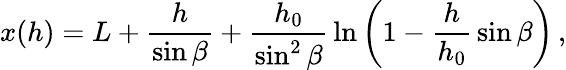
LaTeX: x(h)=L+\frac{h}{\sin\beta}+\frac{h_{0}}{\sin^{2}\beta}\, \ln\left(1-\frac{h}{h_{0}}\, \sin\beta\right)\, ,